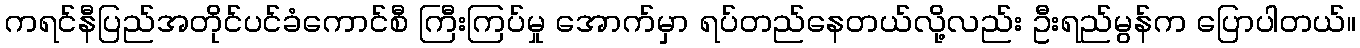
ကရင်နီပြည်အတိုင်ပင်ခံကောင်စီ ကြီးကြပ်မှု အောက်မှာ ရပ်တည်နေတယ်လို့လည်း ဦးရည်မွန်က ပြောပါတယ်။